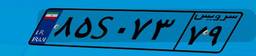
۸۵S۰۷۳۷۹